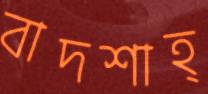
বাদশাহ্